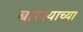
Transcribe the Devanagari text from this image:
बारश्याच्या